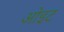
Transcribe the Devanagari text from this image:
ओइट